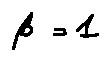
\beta = 1